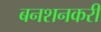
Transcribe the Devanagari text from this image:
बनशनकरी